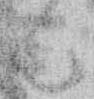
ん